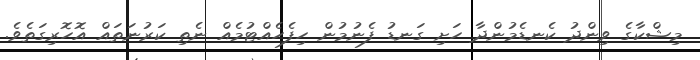
މިޝްކާގެ ވިންދު ކެނޑެމުންދާ ހަށި ގަނޑު ފެނުމުން ހިފެހެއްޓުމެއް ނެތި ކަރުނަތައް އޮހޮރިގަތެވެ.